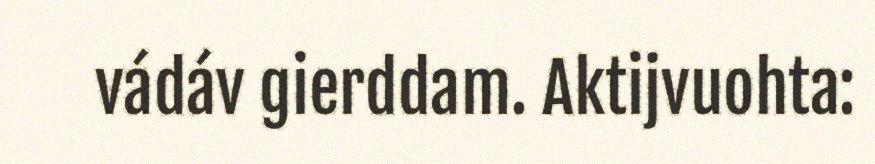
vádáv gierddam. Aktijvuohta: